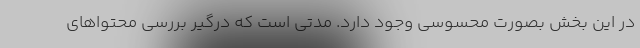
در این بخش بصورت محسوسی وجود دارد. مدتی است که درگیر بررسی محتواهای